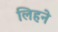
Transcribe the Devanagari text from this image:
लिहने